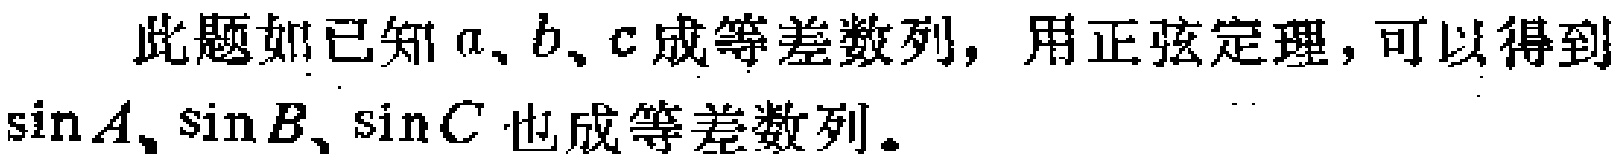
此题如已知\(a、b、c\)成等差数列，用正弦定理，可以得到\(\sin A、\sin B、\sin C\)也成等差数列。